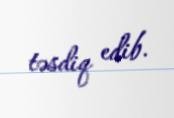
təsdiq edib.